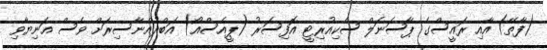
(ފާތޭ) އާއި ރައީސްގެ ޕާސަނަލް ސެކިއުރިޓީ އޮފިސަރު (ޕީއެސްއޯ) އަބްދުއްނާސިރަށް ވެސް އަނިޔާވި